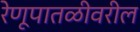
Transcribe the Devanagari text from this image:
रेणूपातळीवरील